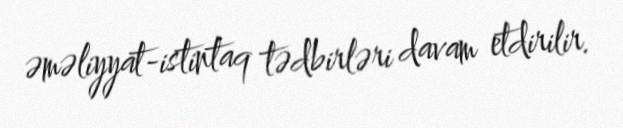
əməliyyat-istintaq tədbirləri davam etdirilir.